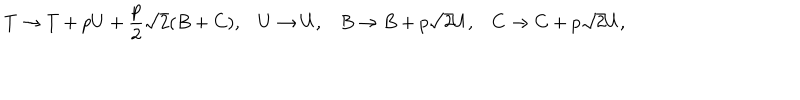
T \rightarrow T + p U + \frac { p } { 2 } \sqrt { 2 } ( B + C ) , U \rightarrow U , B \rightarrow B + p \sqrt { 2 } U , C \rightarrow C + p \sqrt { 2 } U ,